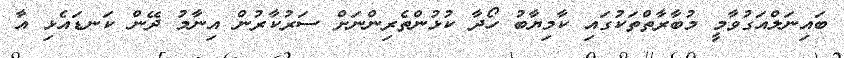
ބައިނަލްއަގުވާމީ މުބާރާތްތަކުގައި ކާމިޔާބު ހޯދާ ކުޅުންތެރިންނަށް ސަރުކާރުން އިނާމު ދޭން ކަނޑައެޅި އާ